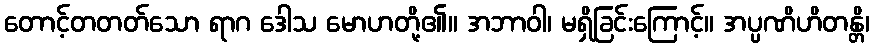
တောင့်တတတ်သော ရာဂ ဒေါသ မောဟတို့၏။ အဘာဝါ၊ မရှိခြင်းကြောင့်။ အပ္ပဏိဟိတန္တိ၊